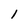
Character: l